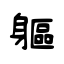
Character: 軀